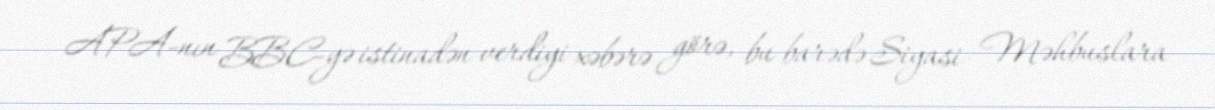
APA-nın BBC-yə istinadən verdiyi xəbərə görə, bu barədə Siyasi Məhbuslara